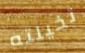
تخيلته